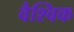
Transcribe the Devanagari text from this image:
वैश्‍िवक